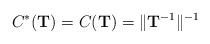
LaTeX: \begin{align*} C^*(\mathbf{T})=C(\mathbf{T})=\|\mathbf{T}^{-1}\|^{-1}\end{align*}